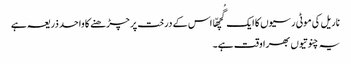
ناریل کی موٹی رسیوں کا ایک گُچھّا اس کے درخت پر چڑھنے کا واحد ذریعہ ہے
یہ چنوتیوں بھرا وقت ہے۔